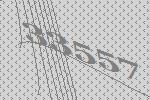
33557